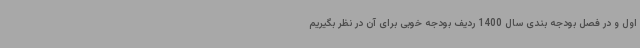
اول و در فصل بودجه بندی سال 1400 ردیف بودجه خوبی برای آن در نظر بگیریم